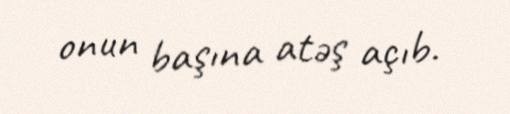
onun başına atəş açıb.